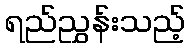
ရည်ညွှန်းသည့်